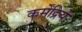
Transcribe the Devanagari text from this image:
कर्मेंद्रियें